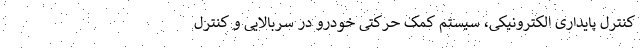
کنترل پایداری الکترونیکی، سیستم کمک حرکتی خودرو در سربالایی و کنترل